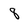
Character: 8